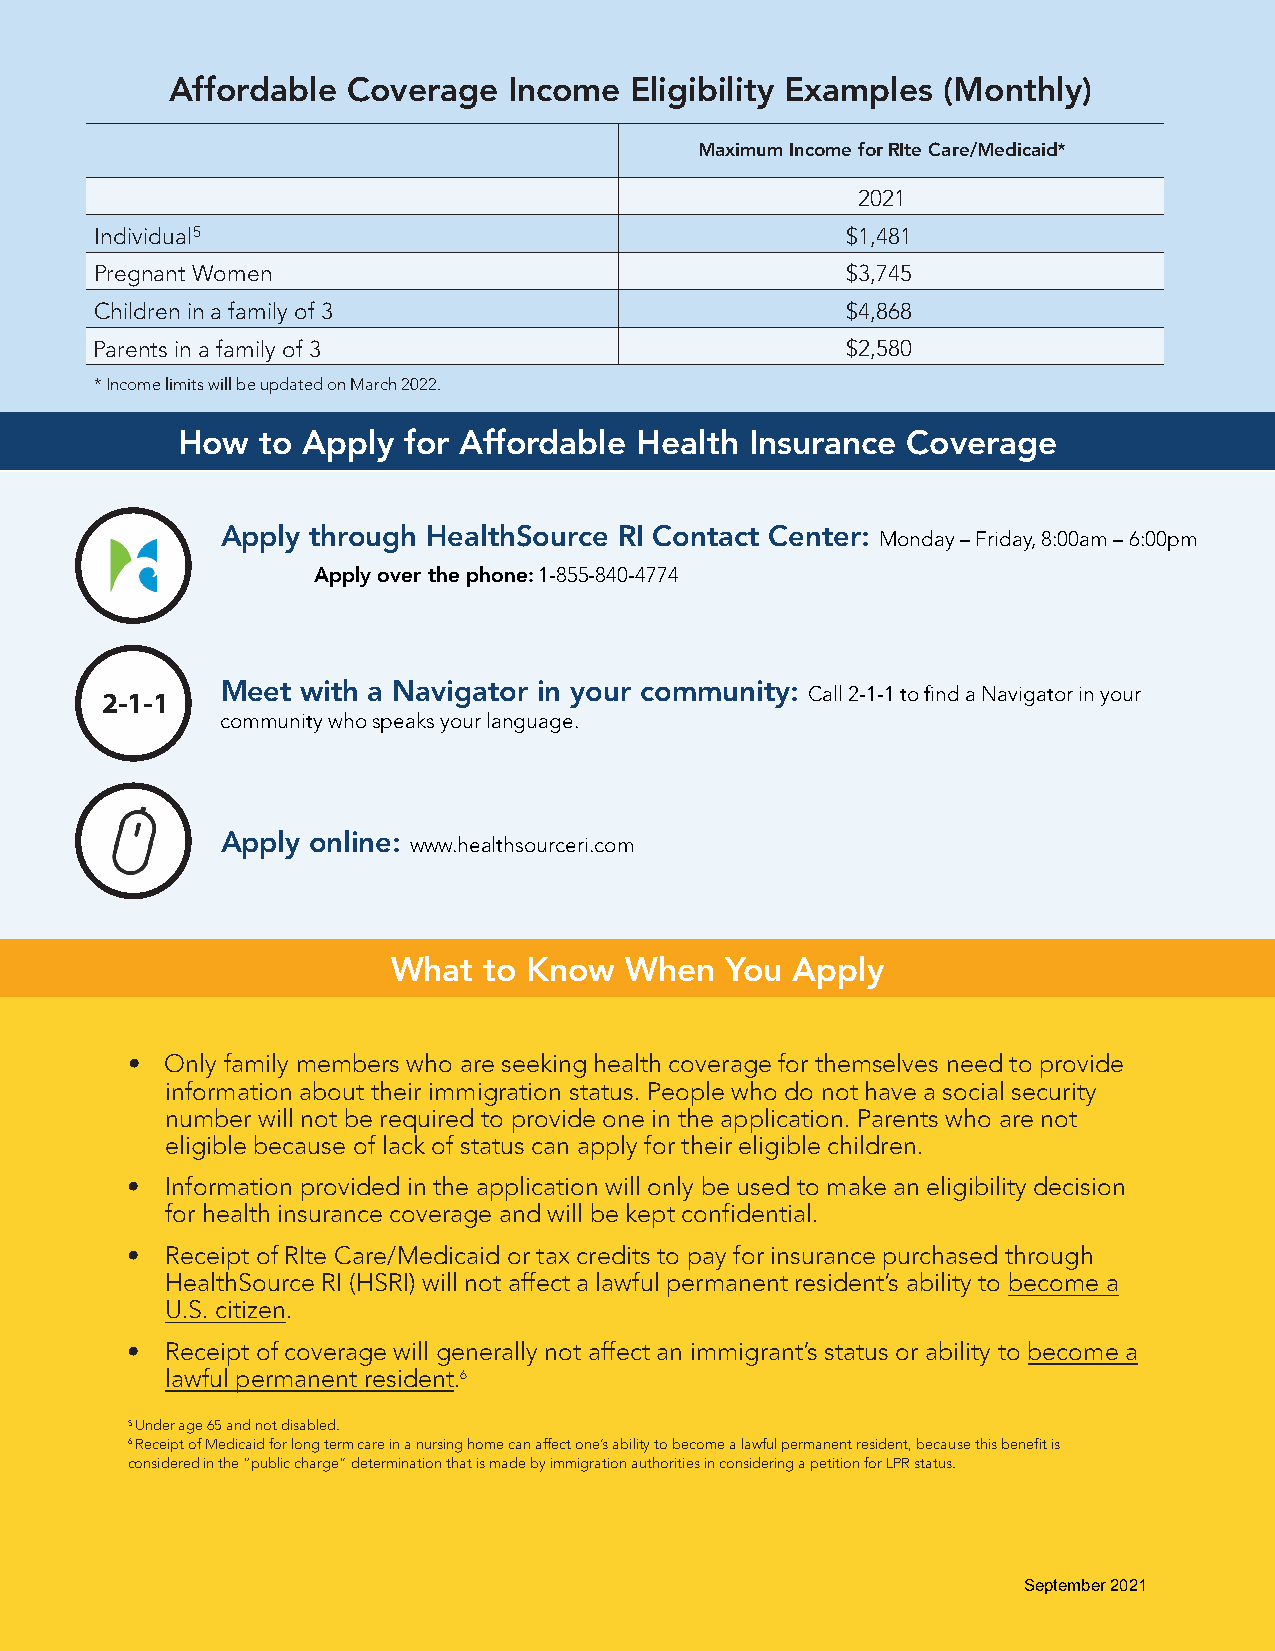
Affordable  Coverage   Income  Eligibility Examples (Monthly)
 Maximum Income for RIte Care/Medicaid*
 2021
 Individual5                                       $1,481
 Pregnant Women                                    $3,745
 Children in a family of 3                         $4,868
 Parents in a family of 3                          $2,580
 *Income limits will be updated on March 2022.
 How  to Apply  for Affordable Health  Insurance Coverage
 Apply through HealthSource RI Contact Center: Monday – Friday, 8:00am – 6:00pm
 Apply over the phone: 1-855-840-4774
 2-1-1   Meet with a Navigator in your community: Call 2-1-1 to find a Navigator in your
 community who speaks your language.
 Apply online: www.healthsourceri.com
 What  to Know  When   You Apply
 •  Only family members who are seeking health coverage for themselves need to provide
 information about their immigration status. People who do not have a social security
 number will not be required to provide one in the application. Parents who are not
 eligible because of lack of status can apply for their eligible children.
 •  Information provided in the application will only be used to make an eligibility decision
 for health insurance coverage and will be kept confidential.
 •  Receipt of RIte Care/Medicaid or tax credits to pay for insurance purchased through
 HealthSource RI (HSRI) will not affect a lawful permanent resident’s ability to become a
 U.S. citizen.
 •  Receipt of coverage will generally not affect an immigrant’s status or ability to become a
 lawful permanent resident.6
 5 Under age 65 and not disabled.
 6 Receipt of Medicaid for long term care in a nursing home can affect one’s ability to become a lawful permanent resident, because this benefit is
 considered in the “public charge” determination that is made by immigration authorities in considering a petition for LPR status.
 September 2021